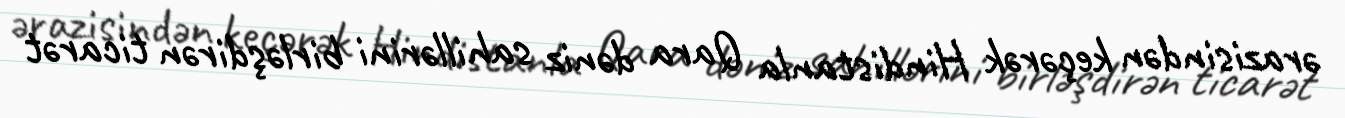
ərazisindən keçərək Hindistanla Qara dəniz sahillərini birləşdirən ticarət